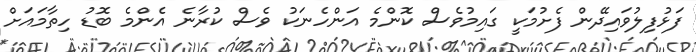
ފަޅުފިލުވައިދޭން ފެށުމަކީ ގައިމުވެސް ކޮންމެ އަންހެނަކު ވެސް ކުރާނެ އެންމެ ބޮޑު ހިތާމައަށް